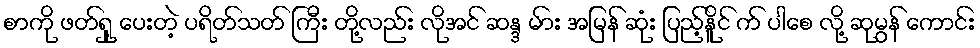
စာကို ဖတ်ရှု့ ပေးတဲ့ ပရိတ်သတ် ကြီး တို့လည်း လိုအင် ဆန္ဒ မ်ား အမြန် ဆုံး ပြည့်နိူင် က် ပါစေ လို့ ဆုမွန် ကောင်း